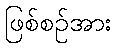
ဖြစ်စဉ်အား